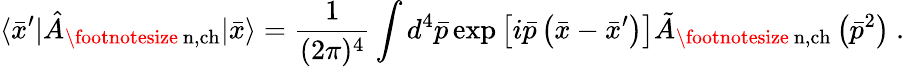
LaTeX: \langle{\bar{x}}^{\prime}|{\hat{A}}_{\mathrm{\footnotesize~n,ch}}|\bar{x}\rangle=\frac 1{(2\pi)^{4}}\int d^{4}{\bar{p}}\exp\left[i{\bar{p}}\left({\bar{x}}-{\bar{x}}^{\prime}\right)\right]{\tilde{A}}_{\mathrm{\footnotesize~n,ch}}\left({\bar{p}}^{2}\right)\ .